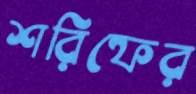
শরিফের